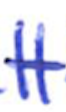
Text: 11
Cross-out: single-line
Writing tool: ballpoint